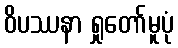
ဝိပဿနာ ရှုတော်မူပုံ